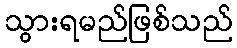
သွားရမည်ဖြစ်သည်